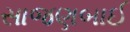
સાજણબાઈ